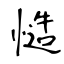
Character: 慥